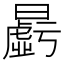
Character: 𱢱